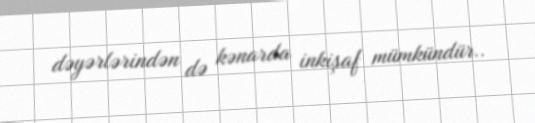
dəyərlərindən də kənarda inkişaf mümkündür..